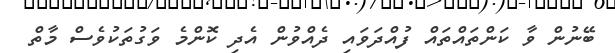
ބޭނުން ވާ ކަންތައްތައް ފުއްދަވައި ދެއްވުން އެދި ކޮންމެ ވަގުތަކުވެސް މާތް